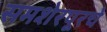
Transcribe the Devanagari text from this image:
समशेरपूरचे